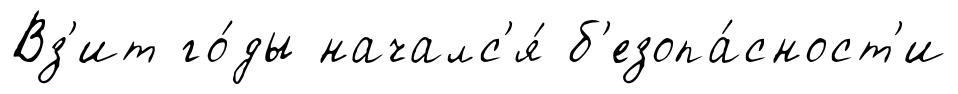
Вз'ит го́ды началс'я́ б'езопа́сност'и